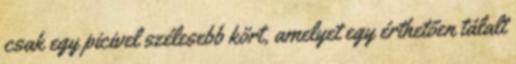
csak egy picivel szélesebb kört, amelyet egy érthetően tálalt